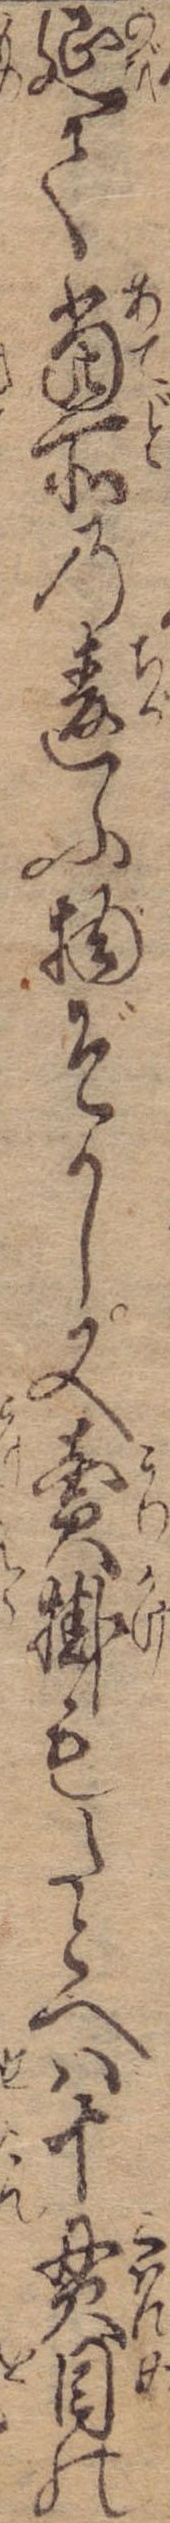
延て当所の違ふ物ぞかし又売掛もたとへは十貫目の